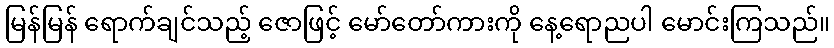
မြန်မြန် ရောက်ချင်သည့် ဇောဖြင့် မော်တော်ကားကို နေ့ရောညပါ မောင်းကြသည်။